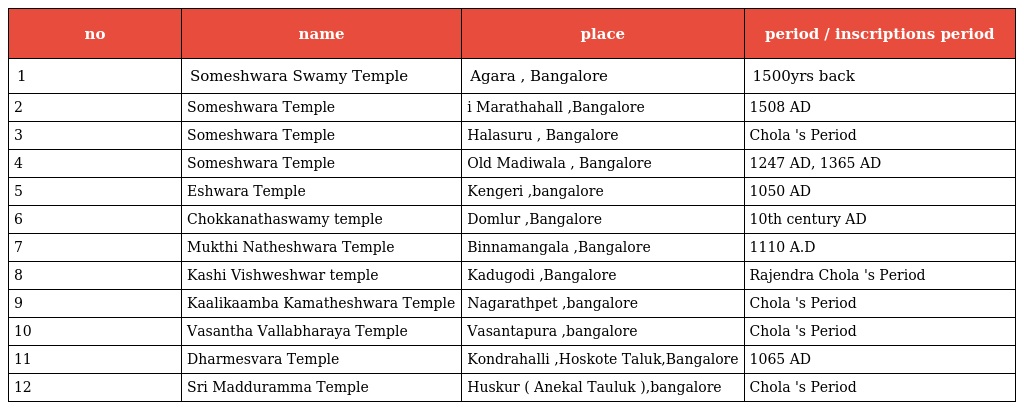
| no | name | place | period / inscriptions period |
 | --- | --- | --- | --- |
 | 1 | Someshwara Swamy Temple | Agara , Bangalore | 1500yrs back |
 | 2 | Someshwara Temple | i Marathahall ,Bangalore | 1508 AD |
 | 3 | Someshwara Temple | Halasuru , Bangalore | Chola 's Period |
 | 4 | Someshwara Temple | Old Madiwala , Bangalore | 1247 AD, 1365 AD |
 | 5 | Eshwara Temple | Kengeri ,bangalore | 1050 AD |
 | 6 | Chokkanathaswamy temple | Domlur ,Bangalore | 10th century AD |
 | 7 | Mukthi Natheshwara Temple | Binnamangala ,Bangalore | 1110 A.D |
 | 8 | Kashi Vishweshwar temple | Kadugodi ,Bangalore | Rajendra Chola 's Period |
 | 9 | Kaalikaamba Kamatheshwara Temple | Nagarathpet ,bangalore | Chola 's Period |
 | 10 | Vasantha Vallabharaya Temple | Vasantapura ,bangalore | Chola 's Period |
 | 11 | Dharmesvara Temple | Kondrahalli ,Hoskote Taluk,Bangalore | 1065 AD |
 | 12 | Sri Madduramma Temple | Huskur ( Anekal Tauluk ),bangalore | Chola 's Period |